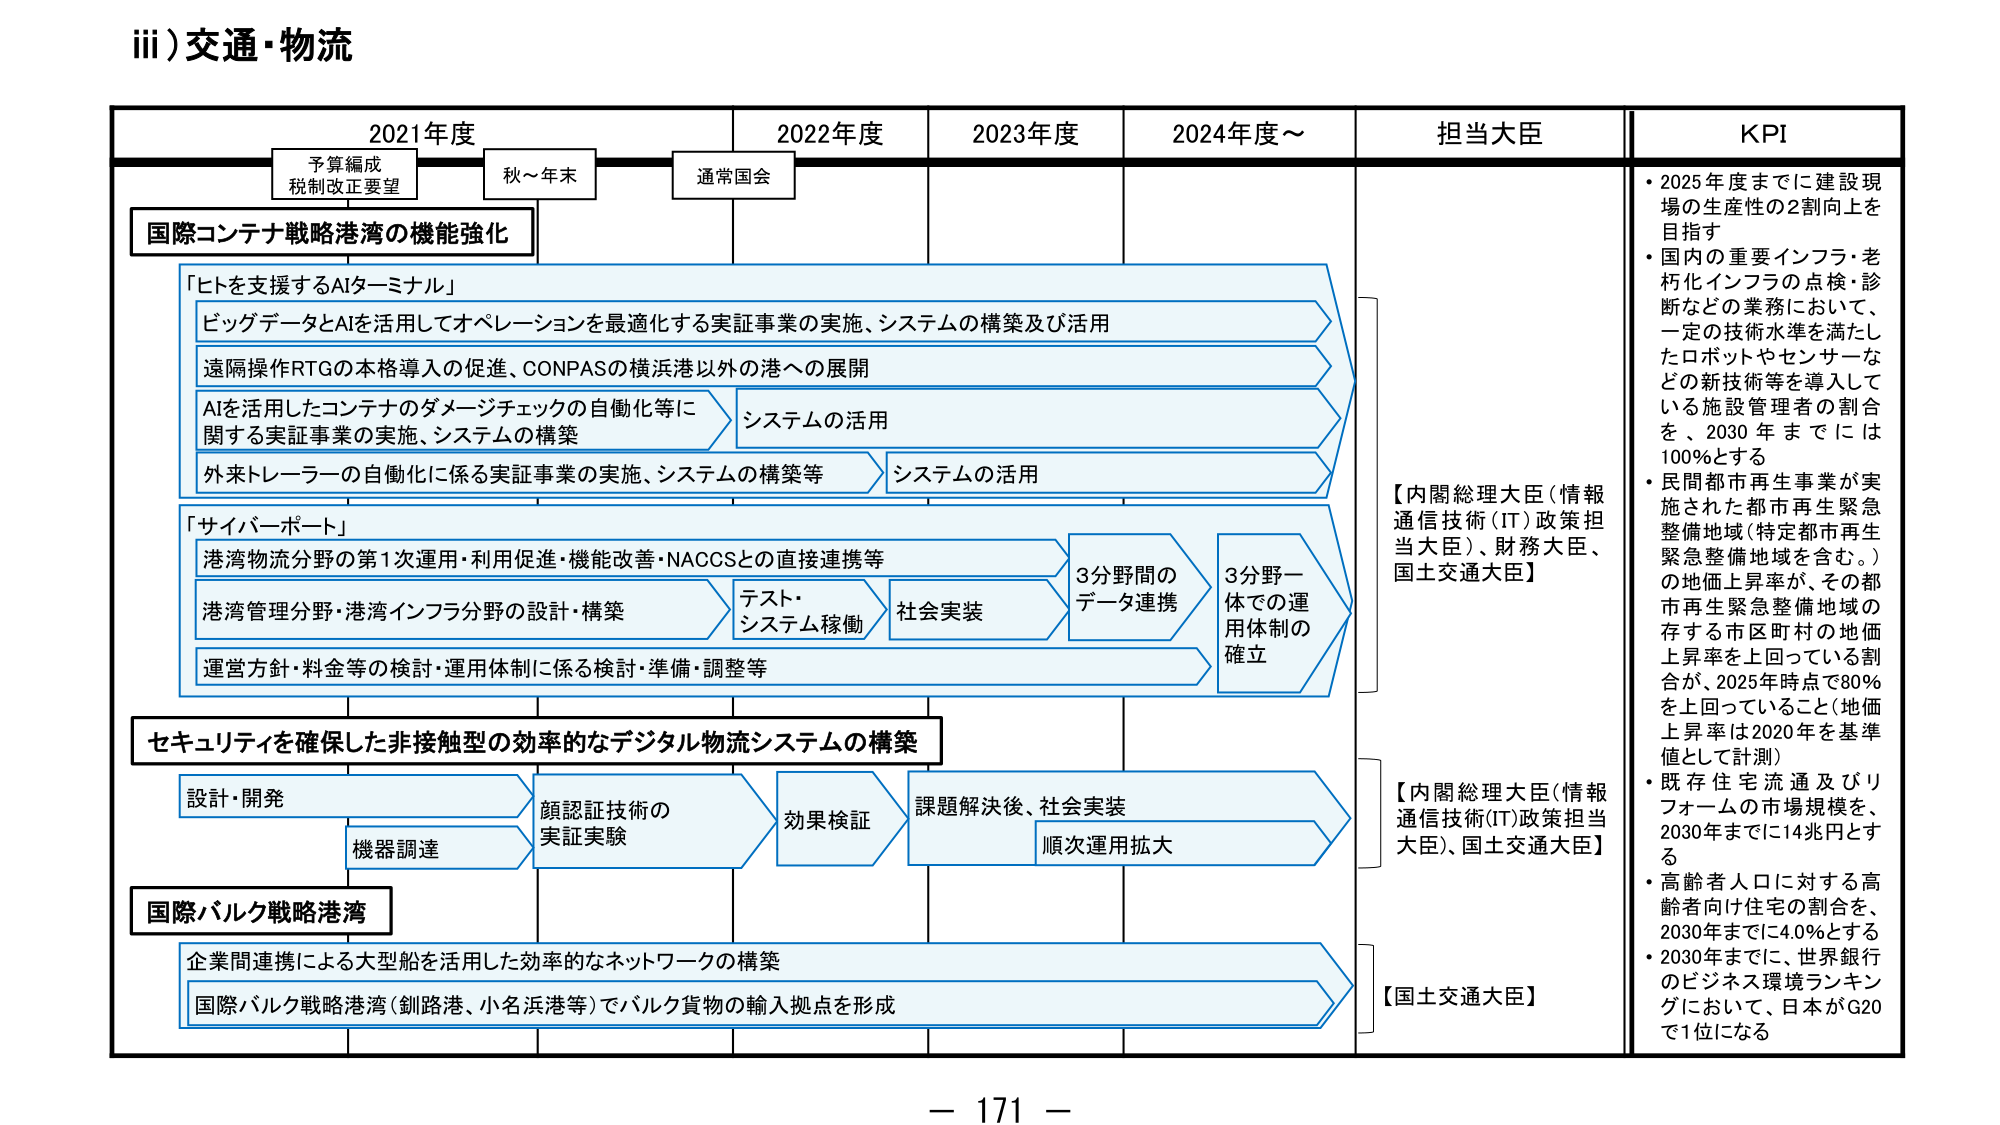
iii)交通・物流

2021年度
予算編成
税制改正要望
秋～年末

2022年度
通常国会

2023年度

2024年度～

担当大臣

KPI

国際コンテナ戦略港湾の機能強化

「ヒトを支援するAIターミナル」
ビッグデータとAIを活用してオペレーションを最適化する実証事業の実施、システムの構築及び活用
遠隔操作RTGの本格導入の促進、CONPASの横浜港以外の港への展開
AIを活用したコンテナのダメージチェックの自動化等に
関する実証事業の実施、システムの構築
システムの活用
外来トレーラーの自動化に係る実証事業の実施、システムの構築等
システムの活用

「サイバーポート」
港湾物流分野の第1次運用・利用促進・機能改善・NACCSとの直接連携等
港湾管理分野・港湾インフラ分野の設計・構築
テスト・
システム稼働
社会実装
3分野間の
データ連携
3分野一
体での運
用体制の
確立
運営方針・料金等の検討・運用体制に係る検討・準備・調整等

セキュリティを確保した非接触型の効率的なデジタル物流システムの構築
設計・開発
顔認証技術の
実証実験
効果検証
課題解決後、社会実装
順次運用拡大
機器調達

国際バルク戦略港湾
企業間連携による大型船を活用した効率的なネットワークの構築
国際バルク戦略港湾（釧路港、小名浜港等）でバルク貨物の輸入拠点を形成

【内閣総理大臣（情報通信技術(IT)政策担当大臣）、財務大臣、国土交通大臣】

【内閣総理大臣（情報通信技術(IT)政策担当大臣）、国土交通大臣】

【国土交通大臣】

・2025年度までに建設現場の生産性の2割向上を目指す
・国内の重要インフラ・老朽化インフラの点検・診断などの業務において、一定の技術水準を満たしたロボットやセンサーなどの新技術等を導入している施設管理者の割合を、2030年までには100％とする
・民間都市再生事業が実施された都市再生緊急整備地域（特定都市再生緊急整備地域を含む。）の地価上昇率が、その都市再生緊急整備地域の存する市区町村の地価上昇率を上回っている割合が、2025年時点で80％を上回っていること（地価上昇率は2020年を基準値として計測）
・既存住宅流通及びリフォームの市場規模を、2030年までに14兆円とする
・高齢者人口に対する高齢者向け住宅の割合を、2030年までに4.0％とする
・2030年までに、世界銀行のビジネス環境ランキングにおいて、日本がG20で1位になる

－ 171 －